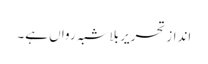
انداز تحریر بلاشبہ رواں ہے۔